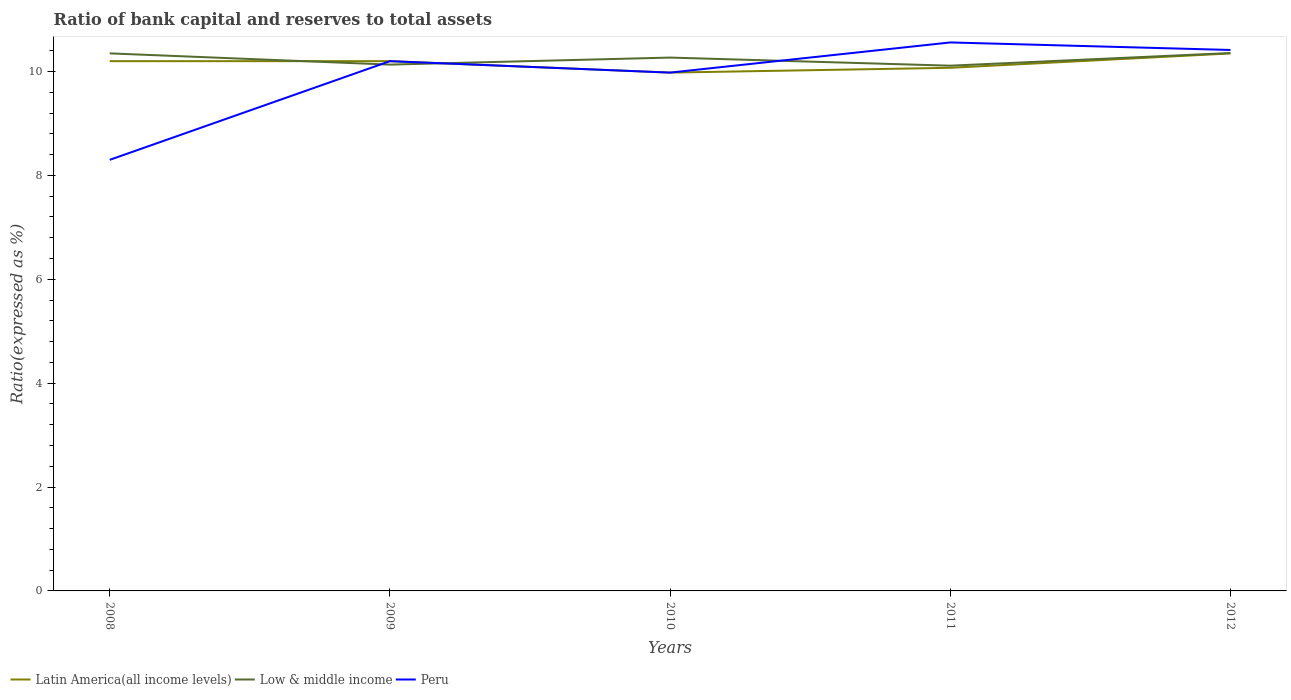
| Years | Latin America(all income levels) | Low & middle income | Peru |
 | --- | --- | --- | --- |
 | 2008 | 10.2 | 10.3 | 8.3 |
 | 2009 | 10.2 | 10.1 | 10.2 |
 | 2010 | 9.98 | 10.3 | 9.98 |
 | 2011 | 10.1 | 10.1 | 10.6 |
 | 2012 | 10.3 | 10.4 | 10.4 |